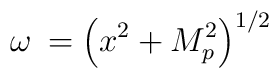
\omega \: =\left( x^{2}+M_{p}^{2}\right) ^{1/2}